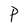
Character: P